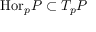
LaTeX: { \mathrm { H o r } } _ { p } P \subset T _ { p } P